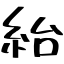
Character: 紿